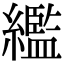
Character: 繿